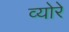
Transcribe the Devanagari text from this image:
व्योरे